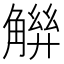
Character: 𧤋